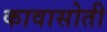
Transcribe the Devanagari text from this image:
कावासोती